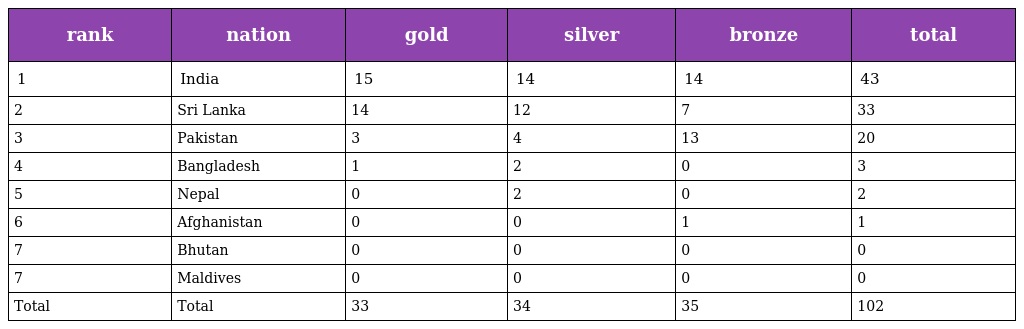
| rank | nation | gold | silver | bronze | total |
 | --- | --- | --- | --- | --- | --- |
 | 1 | India | 15 | 14 | 14 | 43 |
 | 2 | Sri Lanka | 14 | 12 | 7 | 33 |
 | 3 | Pakistan | 3 | 4 | 13 | 20 |
 | 4 | Bangladesh | 1 | 2 | 0 | 3 |
 | 5 | Nepal | 0 | 2 | 0 | 2 |
 | 6 | Afghanistan | 0 | 0 | 1 | 1 |
 | 7 | Bhutan | 0 | 0 | 0 | 0 |
 | 7 | Maldives | 0 | 0 | 0 | 0 |
 | Total | Total | 33 | 34 | 35 | 102 |